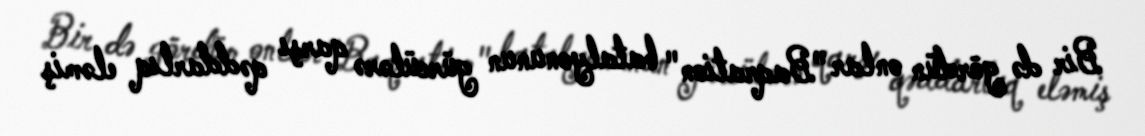
Bir də gördün onlar ”Baqration" batalyonunun gürcülərə qarşı qəddarlıq eləmiş